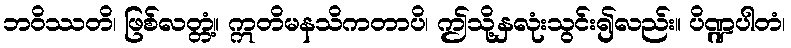
ဘဝိဿတိ၊ ဖြစ်လတ္တံ့။ ဣတိမနသိကတာပိ၊ ဤသို့နှလုံးသွင်း၍လည်း။ ပိဏ္ဍပါတံ၊